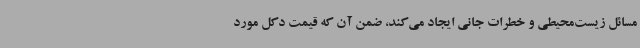
مسائل زیست‌محیطی و خطرات جانی ایجاد می‌کند، ضمن آن که قیمت دکل مورد